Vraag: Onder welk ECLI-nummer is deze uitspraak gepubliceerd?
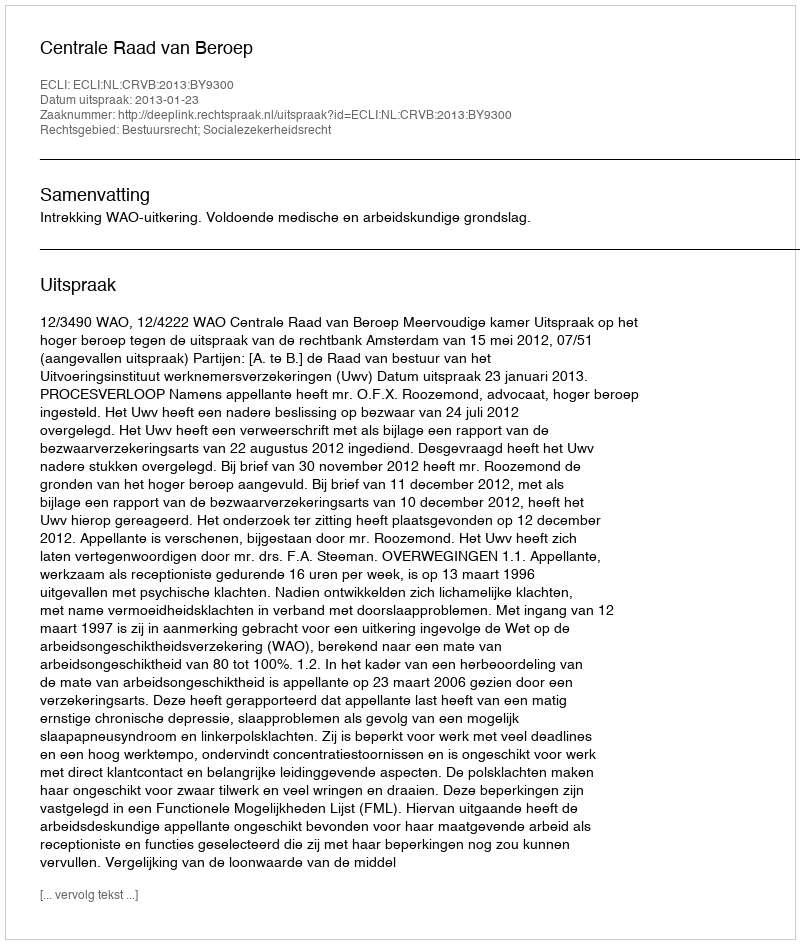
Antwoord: ECLI:NL:CRVB:2013:BY9300